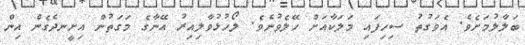
ބަލާލުމަށެވެ. އެވަގުތު ސިހިފައި މަލަކާއަށް ހޭލެވުނެވެ. ލޯހުޅުވާލިއިރު އޭނާގެ މަގަތުން އިށީނދެގެން އިން